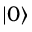
| 0 \rangle